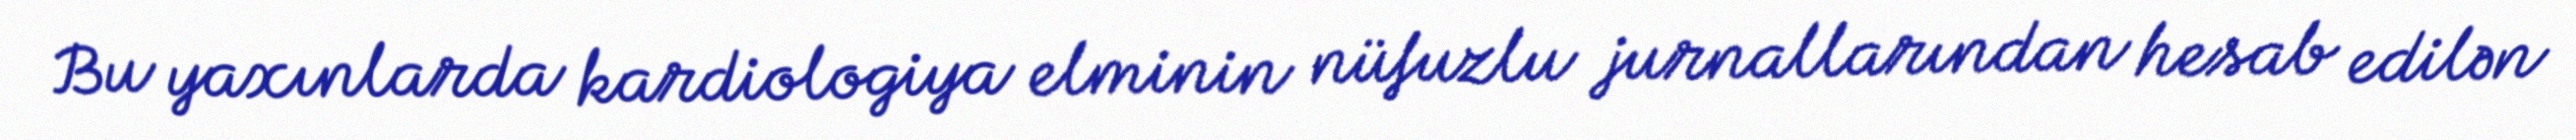
Bu yaxınlarda kardiologiya elminin nüfuzlu jurnallarından hesab edilən